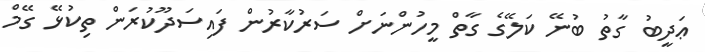
ޢަދީބު ގާތު ބުނޭ ކަލޭގެ ގާތް މީހުންނަށް ސަރުކާރުން ފައިސަދޫކުރަން ތިކުޅޭ ގޭމް